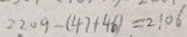
2 2 0 9 - ( 4 7 + 4 6 ) = 2 1 0 6